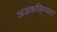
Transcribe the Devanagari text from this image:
अडकविण्यात